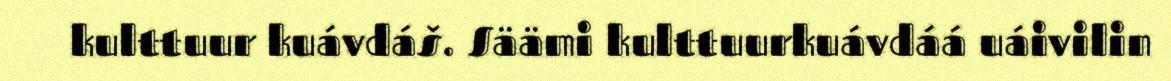
kulttuur kuávdáš. Säämi kulttuurkuávdáá uáivilin